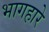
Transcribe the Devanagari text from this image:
भागहारे